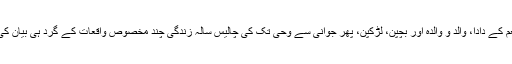
محمد صلعم کے دادا، والد و والدہ اور بچپن، لڑکپن، پھر جوانی سے وحی تک کی چالیس سالہ زندگی چند مخصوص واقعات کے گرد ہی بیان کی گئی ہے۔